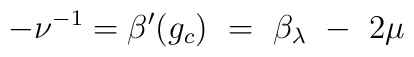
- \nu ^{-1} = \beta^\prime(g_c) ~=~ \beta_\lambda ~-~ 2\mu